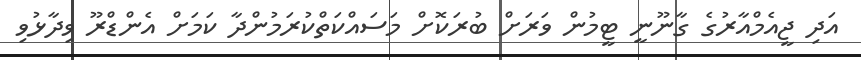
އަދި ޖީއެމްއާރުގެ ގާނޫނީ ޓީމުން ވަރަށް ބުރަކޮށް މަސައްކަތްކުރަމުންދާ ކަމަށް އެންޑްރޫ ވިދާޅުވި